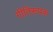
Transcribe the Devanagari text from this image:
गीतिरूपक